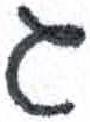
אות: ג